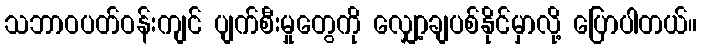
သဘာဝပတ်ဝန်းကျင် ပျက်စီးမှုတွေကို လျှော့ချပစ်နိုင်မှာလို့ ပြောပါတယ်။